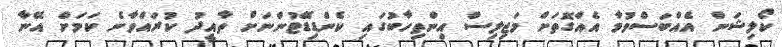
ކޯލިޝަން އެއްބަސްވުމާ އެއްގޮތަށް މަޖިލިސް އިންތިހާބުގައި ކެންޑިޑޭޓުންނަށް ތާއީދު ކުރައްވާނެ ކަމަށް އޭނާ